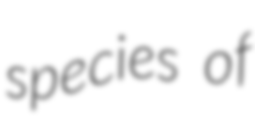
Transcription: species of